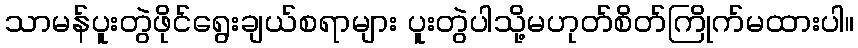
သာမန်ပူးတွဲဖိုင်ရွေးချယ်စရာများ ပူးတွဲပါသို့မဟုတ်စိတ်ကြိုက်မထားပါ။